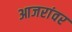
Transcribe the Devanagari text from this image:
आजरांवर